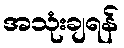
အသုံးချရန်